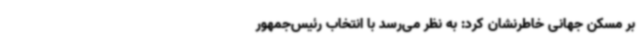
بر مسکن جهانی خاطرنشان ‌کرد: به ‌نظر می‌رسد با انتخاب رئیس‌جمهور